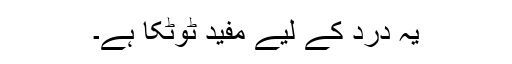
یہ درد کے لیے مفید ٹوٹکا ہے۔